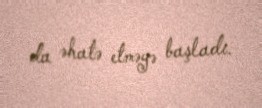
da əhatə etməyə başladı.